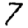
Digit: 7